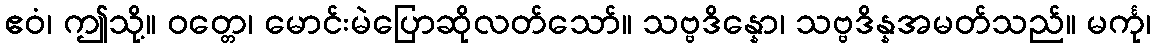
ဧဝံ၊ ဤသို့။ ဝတ္တေ၊ မောင်းမဲပြောဆိုလတ်သော်။ သဗ္ဗဒိန္နော၊ သဗ္ဗဒိန္နအမတ်သည်။ မင်္ကု၊